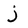
Character: j